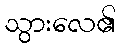
သွားလေ၏